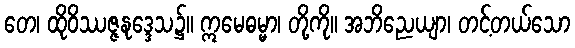
တေ၊ ထိုဝိဿဇ္ဇနုဒ္ဒေသ၌။ ဣမေဓမ္မာ၊ တို့ကို။ အဘိညေယျာ၊ တင့်တယ်သော